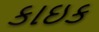
કાઇક